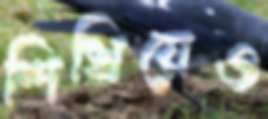
শিখিয়েও